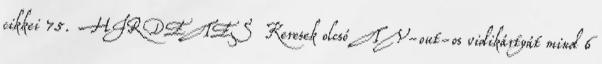
cikkei 75. HIRDETES Keresek olcsó TV-out-os vidikártyát mind 6